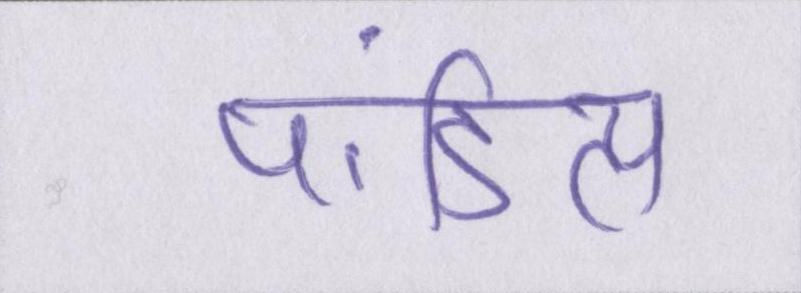
पांडित्य